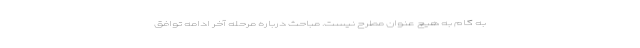
به گام به هیچ عنوان مطرح نیست. مباحث درباره مرحله آخر ادامه توافق